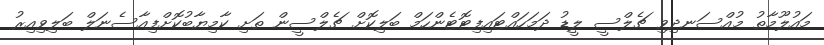
މައުލޫމާތު މުއްސަނދިވި ޗެލްސީ ލީޑު ދަމަހައްޓައިފިޓޮޓެންހަމް ބަލިކޮށް ޗެލްސީން ތަށި ކާމިޔާބުކޮށްފިއާސެނަލް ބަލިވިއިރު